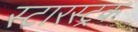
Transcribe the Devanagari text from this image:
स्टारस्ट्रक